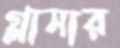
গ্লাসার